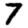
Digit: 7